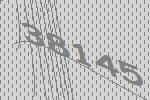
38145